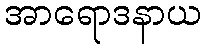
အာရောဒနာယ